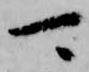
可